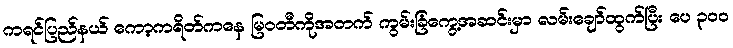
ကရင်ပြည်နယ် ကော့ကရိတ်ကနေ မြဝတီကိုအတက် ကွမ်းခြံကွေ့အဆင်းမှာ လမ်းချော်ထွက်ပြီး ပေ ၃၀၀